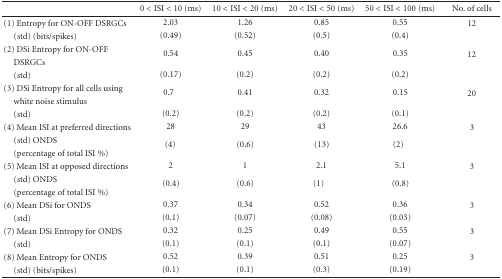
|  | 0 < ISI < 10 (ms) | 10 < ISI < 20 (ms) | 20 < ISI < 50 (ms) | 50 < ISI < 100 (ms) | No. of cells |
 | --- | --- | --- | --- | --- | --- |
 | (1) Entropy for ON-OFF DSRGCs | 2.03 | 1.26 | 0.85 | 0.55 | 12 |
 | (std) (bits/spikes) | (0.49) | (0.52) | (0.5) | (0.4) |
 | (2) DSi Entropy for ON-OFF DSRGCs | 0.54 | 0.45 | 0.40 | 0.35 | 12 |
 | (std) | (0.17) | (0.2) | (0.2) | (0.2) |
 | (3) DSi Entropy for all cells using white noise stimulus | 0.7 | 0.41 | 0.32 | 0.15 | 20 |
 | (std) | (0.2) | (0.2) | (0.2) | (0.1) |
 | (4) Mean ISI at preferred directions | 28 | 29 | 43 | 26.6 | 3 |
 | (std) ONDS (percentage of total ISI %) | (4) | (0.6) | (13) | (2) |
 | (5) Mean ISI at opposed directions | 2 | 1 | 2.1 | 5.1 | 3 |
 | (std) ONDS (percentage of total ISI %) | (0.4) | (0.6) | (1) | (0.8) |
 | (6) Mean DSi for ONDS | 0.37 | 0.34 | 0.52 | 0.36 | 3 |
 | (std) | (0.1) | (0.07) | (0.08) | (0.03) |
 | (7) Mean DSi Entropy for ONDS | 0.32 | 0.25 | 0.49 | 0.55 | 3 |
 | (std) | (0.1) | (0.1) | (0.1) | (0.07) |
 | (8) Mean Entropy for ONDS | 0.52 | 0.39 | 0.51 | 0.25 | 3 |
 | (std) (bits/spikes) | (0.1) | (0.1) | (0.3) | (0.19) |